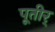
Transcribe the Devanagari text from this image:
पूतीर्